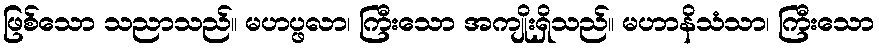
ဖြစ်သော သညာသည်။ မဟပ္ဖလာ၊ ကြီးသော အကျိုးရှိသည်။ မဟာနိသံသာ၊ ကြီးသော